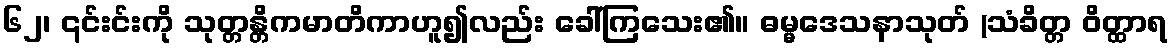
၆၂၊ ၎င်းင်းကို သုတ္တန္တိကမာတိကာဟူ၍လည်း ခေါ်ကြသေး၏။ ဓမ္မဒေသနာသုတ် (သံခိတ္တ ဝိတ္ထာရ